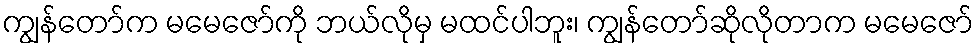
ကျွန်တော်က မမေဇော်ကို ဘယ်လိုမှ မထင်ပါဘူး၊ ကျွန်တော်ဆိုလိုတာက မမေဇော်